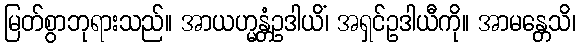
မြတ်စွာဘုရားသည်။ အာယဟ္မန္တံဥဒါယိံ၊ အရှင်ဥဒါယီကို။ အာမန္တေသိ၊